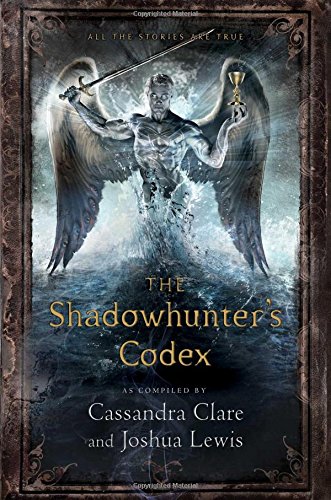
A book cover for The Shadowhunter's Codex (The Mortal Instruments); Cassandra Clare; Teen & Young Adult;